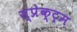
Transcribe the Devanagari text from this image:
स्प्रेक्ट्रम